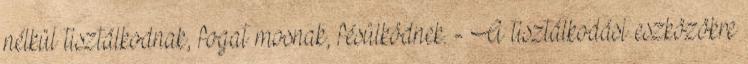
nélkül tisztálkodnak, fogat mosnak, fésülködnek. - A tisztálkodási eszközökre